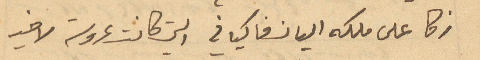
زكا على ملكه اليان فاكياني التي كانت عروسة لاخيه